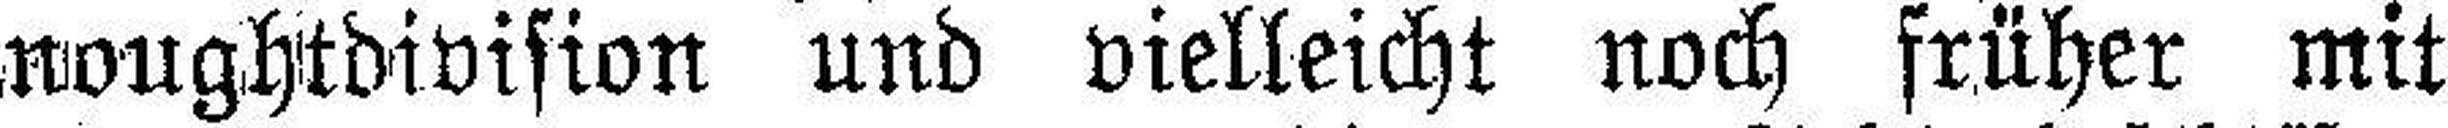
noughtdivision und vielleicht noch früher mit